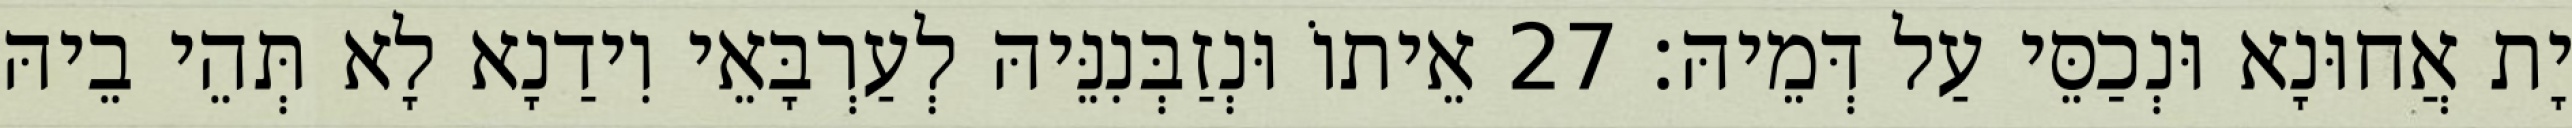
יָת אֲחוּנָא וּנְכַסֵּי עַל דְּמֵיהּ׃ 27 אֵיתוֹ וּנְזַבְּנִנֵּיהּ לְעַרְבָּאֵי וִידַנָא לָא תְּהֵי בֵיהּ